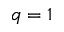
q = 1